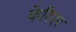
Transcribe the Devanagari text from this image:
फेरिएर